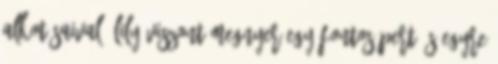
alkotásaival, Lily viszont megnyer egy fontos pert és egyre